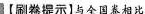
【刷卷提示】与全国卷相比